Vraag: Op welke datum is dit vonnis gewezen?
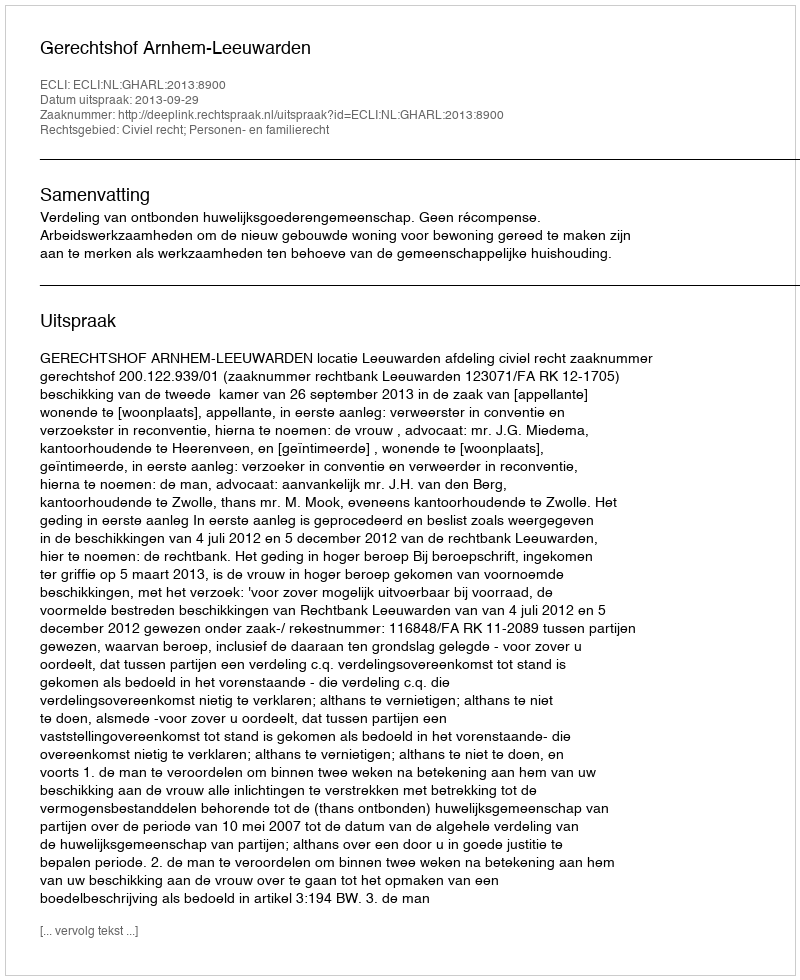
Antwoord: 2013-09-29